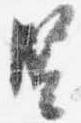
竪